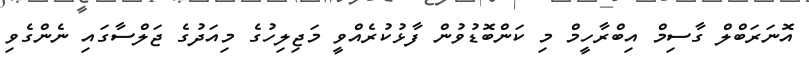
އޮނަރަބްލް ގާސިމް އިބްރާހީމް މި ކަންބޮޑުވުން ފާޅުކުރެއްވީ މަޖިލިހުގެ މިއަދުގެ ޖަލްސާގައި ނެންގެވި